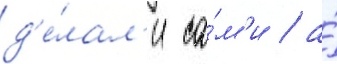
д'е́лал'и са́м'и / а́